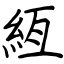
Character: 絚